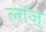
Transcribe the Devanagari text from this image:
लॉज़्